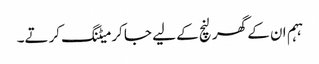
ہہم ان کے گھر لنچ کے لیے جا کر میٹنگ کرتے۔